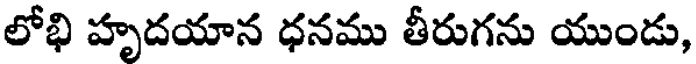
లోభి హృదయాన ధనము తీరుగను యుండు,